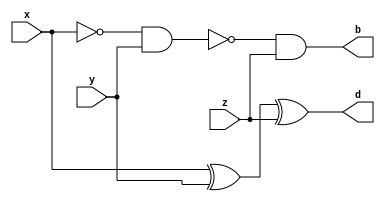
module half_adder(x,y,z,d,b);

input x, y, z;
output d, b;

assign d = x^y^z;
assign b = ~(~x&y)&z;

endmodule

module half_adder_tb;

reg x,y,z;
wire d,b;

half_adder ha (.x (x),.y (y),.z (z),.d (d),.b (b));

initial begin
	$monitor ("x=%b, y=%b, z=%b, d=%b, b=%b",x,y,z,d,b);
  x=0; y=0; z=0;
  #5 x=0; y=0; z=1;
  #5 x=0; y=1; z=0;
  #5 x=0; y=1; z=1;
  #5 x=1; y=0; z=0;
  #5 x=1; y=0; z=1;
  #5 x=1; y=1; z=0;
  #5 x=1; y=1; z=1;
	#5 $finish;
end

endmodule

/*Output:
x=0, y=0, z=0, d=0, b=0
x=0, y=0, z=1, d=1, b=1
x=0, y=1, z=0, d=1, b=0
x=0, y=1, z=1, d=0, b=0
x=1, y=0, z=0, d=1, b=0
x=1, y=0, z=1, d=0, b=1
x=1, y=1, z=0, d=0, b=0
x=1, y=1, z=1, d=1, b=1
*/